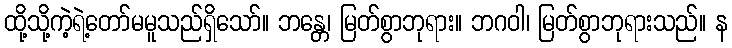
ထို့သို့ကဲ့ရဲ့တော်မမူသည်ရှိသော်။ ဘန္တေ၊ မြတ်စွာဘုရား။ ဘဂဝါ၊ မြတ်စွာဘုရားသည်။ န